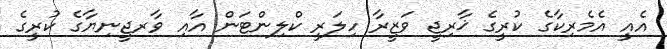
އެއީ އެމެރިކާގެ ކުރީގެ ޚާރިޖީ ވަޒީރާ ހިލަރީ ކްލިންޓަން އާއި ވާރޖީނިޔާގެ ކުރީގެ